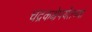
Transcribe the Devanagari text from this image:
चंद्रकक्षेपर्यंतच्या